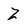
Character: Z